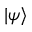
\vert \psi \rangle